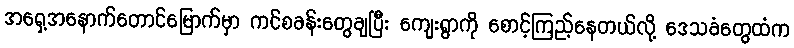
အရှေ့အနောက်တောင်မြောက်မှာ ကင်စခန်းတွေချပြီး ကျေးရွာကို စောင့်ကြည့်နေတယ်လို့ ဒေသခံတွေထံက